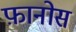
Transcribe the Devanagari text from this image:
फ़ानोस